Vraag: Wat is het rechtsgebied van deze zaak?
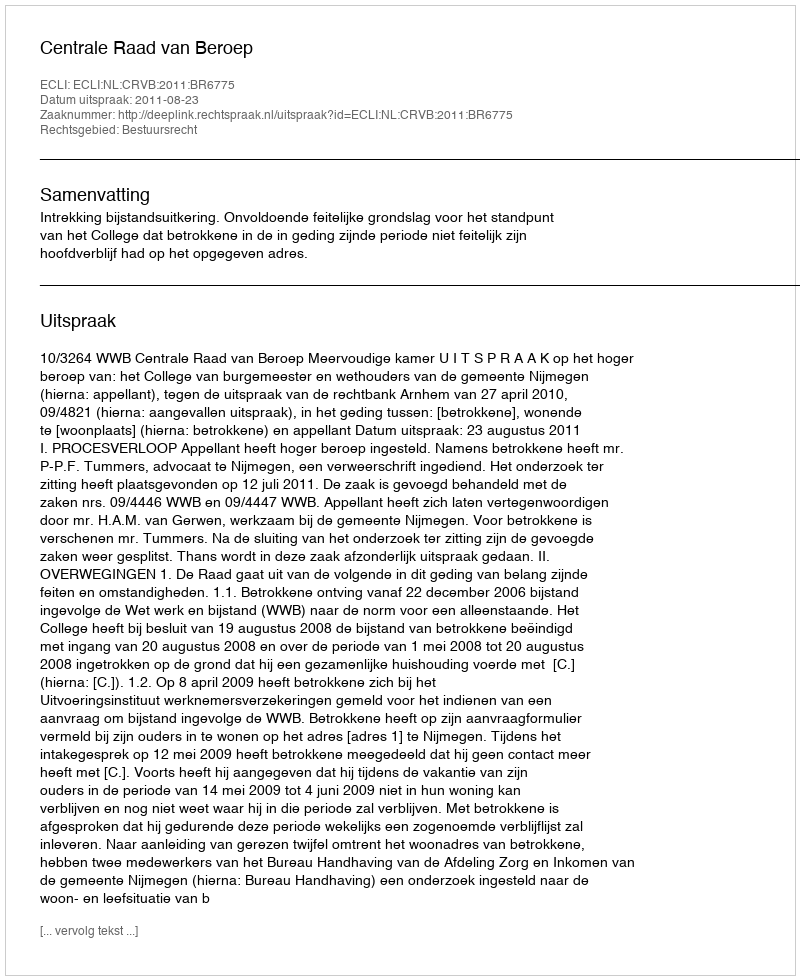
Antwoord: Bestuursrecht